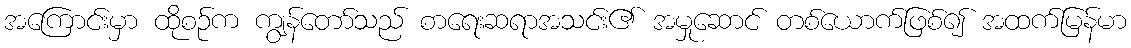
အကြောင်းမှာ ထိုစဉ်က ကျွန်တော်သည် စာရေးဆရာအသင်း၏ အမှုဆောင် တစ်ယောက်ဖြစ်၍ အထက်မြန်မာ